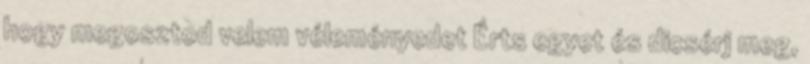
hogy megosztod velem véleményedet Érts egyet és dicsérj meg,